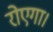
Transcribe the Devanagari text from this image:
रोएगा।